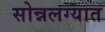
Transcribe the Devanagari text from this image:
सोन्नलग्यात